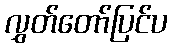
လွှတ်တော်ပြင်ပ